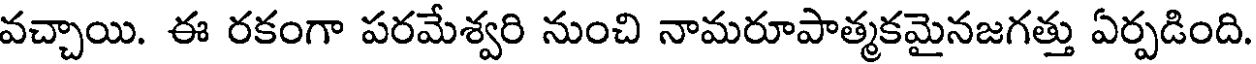
వచ్చాయి. ఈ రకంగా పరమేశ్వరి నుంచి నామరూపాత్మకమైనజగత్తు ఏర్పడింది